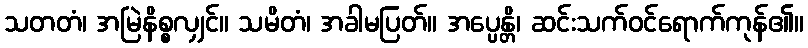
သတတံ၊ အမြဲနိစ္စလျှင်။ သမိတံ၊ အခါမပြတ်။ အပ္ပေန္တိ၊ ဆင်းသက်ဝင်ရောက်ကုန်၏။